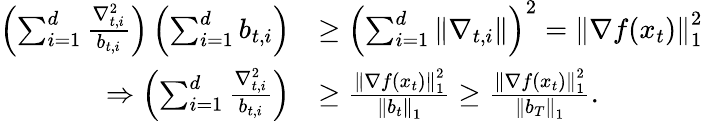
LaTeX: \begin{array}{rl}{\left(\sum_{i=1}^{d}\frac{\nabla_{t,i}^{2}}{b_{t,i}}\right)\left(\sum_{i=1}^{d}b_{t,i}\right)}&{\geq\left(\sum_{i=1}^{d}\left\Vert\nabla_{t,i}\right\Vert\right)^{2}=\left\Vert\nabla f(x_{t})\right\Vert_{1}^{2}}\\ {\Rightarrow\left(\sum_{i=1}^{d}\frac{\nabla_{t,i}^{2}}{b_{t,i}}\right)}&{\geq\frac{\left\Vert\nabla f(x_{t})\right\Vert_{1}^{2}}{\left\Vert b_{t}\right\Vert_{1}}\geq\frac{\left\Vert\nabla f(x_{t})\right\Vert_{1}^{2}}{\left\Vert b_{T}\right\Vert_{1}}.}\end{array}